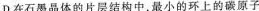
D.在石墨晶体的片层结构中，最小的环上的碳原子